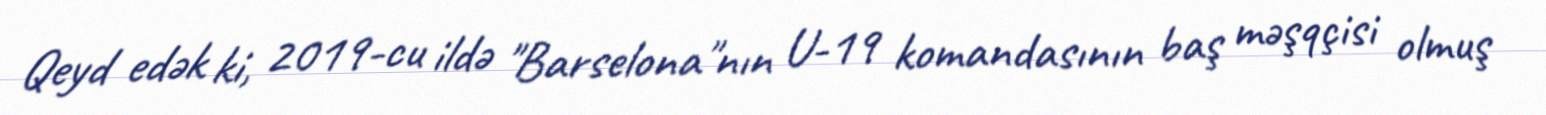
Qeyd edək ki, 2019-cu ildə "Barselona"nın U-19 komandasının baş məşqçisi olmuş